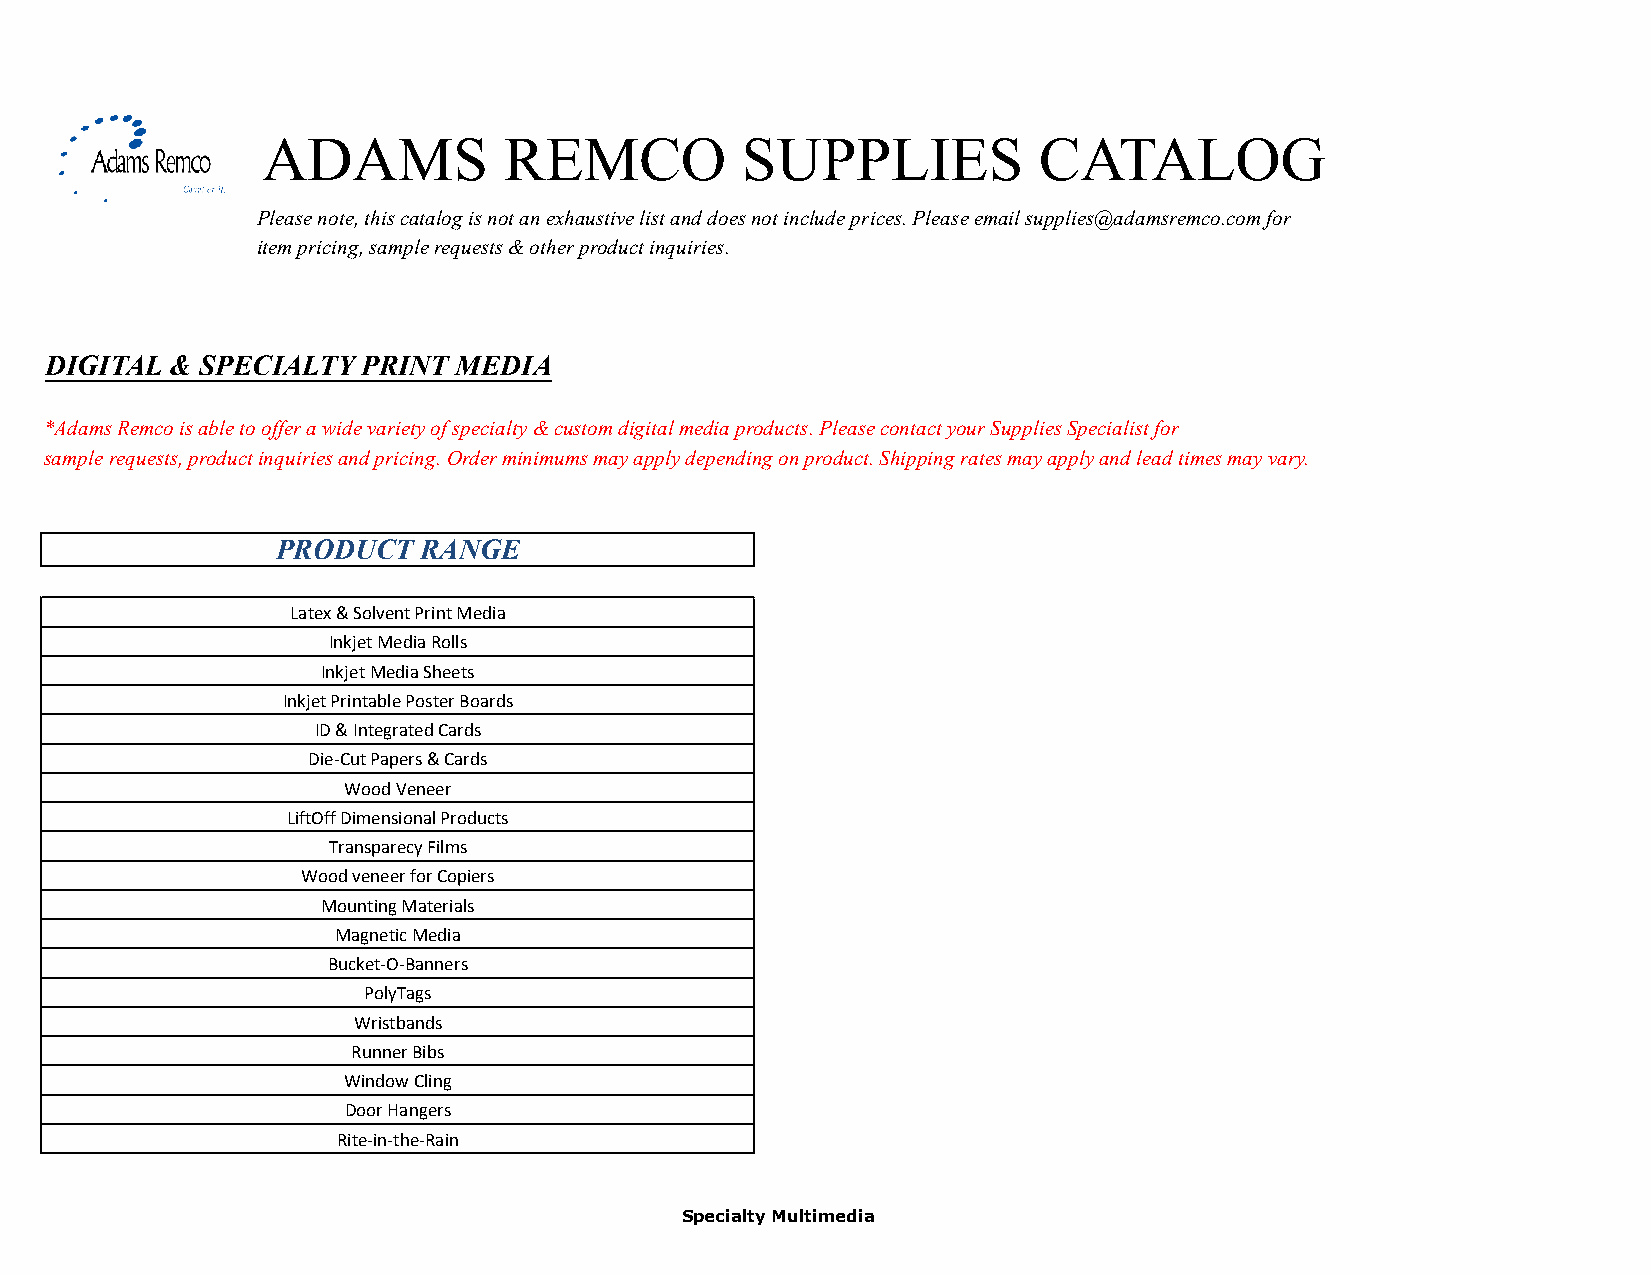
ADAMS           REMCO           SUPPLIES            CATALOG
 Please note, this catalog is not an exhaustive list and does not include prices. Please email supplies@adamsremco.com for
 item pricing, sample requests & other product inquiries.
 DIGITAL & SPECIALTY  PRINT MEDIA
 *Adams Remco is able to offer a wide variety of specialty & custom digital media products. Please contact your Supplies Specialist for
 sample requests, product inquiries and pricing. Order minimums may apply depending on product. Shipping rates may apply and lead times may vary.
 PRODUCT   RANGE
 Latex & Solvent Print Media
 Inkjet Media Rolls
 Inkjet Media Sheets
 Inkjet Printable Poster Boards
 ID & Integrated Cards
 Die-Cut Papers & Cards
 Wood Veneer
 LiftOff Dimensional Products
 Transparecy Films
 Wood veneer for Copiers
 Mounting Materials
 Magnetic Media
 Bucket-O-Banners
 PolyTags
 Wristbands
 Runner Bibs
 Window Cling
 Door Hangers
 Rite-in-the-Rain
 Specialty Multimedia